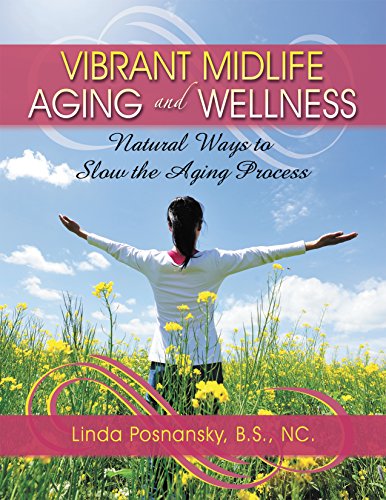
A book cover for Vibrant Midlife Aging and Wellness: Natural Ways to Slow the Aging Process; Linda Posnansky; Health, Fitness & Dieting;